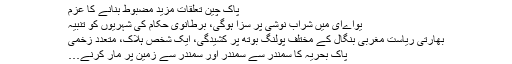
پاک چین تعلقات مزید مضبوط بنانے کا عزم
یواےای میں شراب نوشی پر سزا ہوگی، برطانوی حکام کی شہریوں کو تنبیہ
بھارتی ریاست مغربی بنگال کے مختلف پولنگ بوتھ پر کشیدگی، ایک شخص ہلاک، متعدد زخمی
پاک بحریہ کا سمندر سے سمندر اور سمندر سے زمین پر مار کرنے…